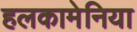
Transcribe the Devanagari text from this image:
हलकामेनिया